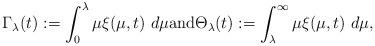
LaTeX: \begin{align*}\Gamma_{\lambda}(t):=\int_{0}^{\lambda}\mu\xi(\mu,t)\ d\mu \mbox{and}\Theta_{\lambda}(t):=\int_{\lambda}^{\infty}\mu\xi(\mu,t)\ d\mu,\end{align*}